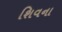
શિવના